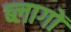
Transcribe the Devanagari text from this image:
ब्लागों